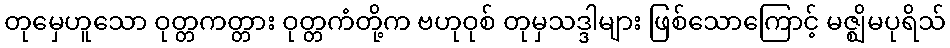
တုမှေဟူသော ဝုတ္တကတ္တား ဝုတ္တကံတို့က ဗဟုဝုစ် တုမှသဒ္ဒါများ ဖြစ်သောကြောင့် မဇ္ဈိမပုရိသ်